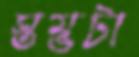
স্তম্ভটা